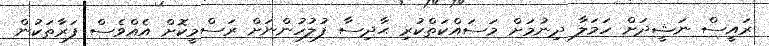
ރައީސް ނަޝީދަށް ހަމަލާ ދިނުމަށް މަސައްކަތްކުރި ޙާދިސާ ފުލުހުންނަށް ރަސްމީކޮށް އެއްވެސް ފަރާތަކުން